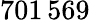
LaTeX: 701\, 569